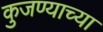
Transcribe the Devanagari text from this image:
कुजण्याच्या